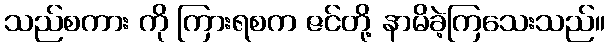
သည်စကား ကို ကြားရစက ဇင်တို့ နာမိခဲ့ကြသေးသည်။